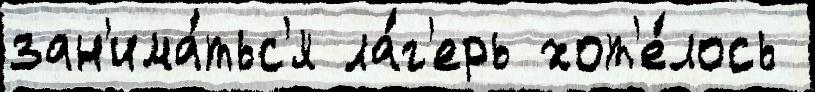
зан'има́тьс'я ла́г'ерь хот'е́лось